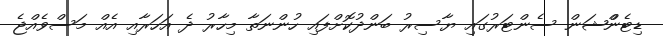
ޑިޓެންްޝަން ސެންޓަރުގައި ޔާސިރު ބަންދުކޮށްފައި ހުންނަތާ މިހާރު ދެ އަހަރާއި އެއް މަސްވެެއްޖެ